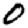
Digit: 0